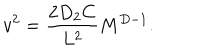
v ^ { 2 } = { \frac { 2 D _ { 2 } C } { L ^ { 2 } } } M ^ { D - 1 } .